38_143685_box_Incident_Summaries_101-172
Agency: Department of War
Page 125
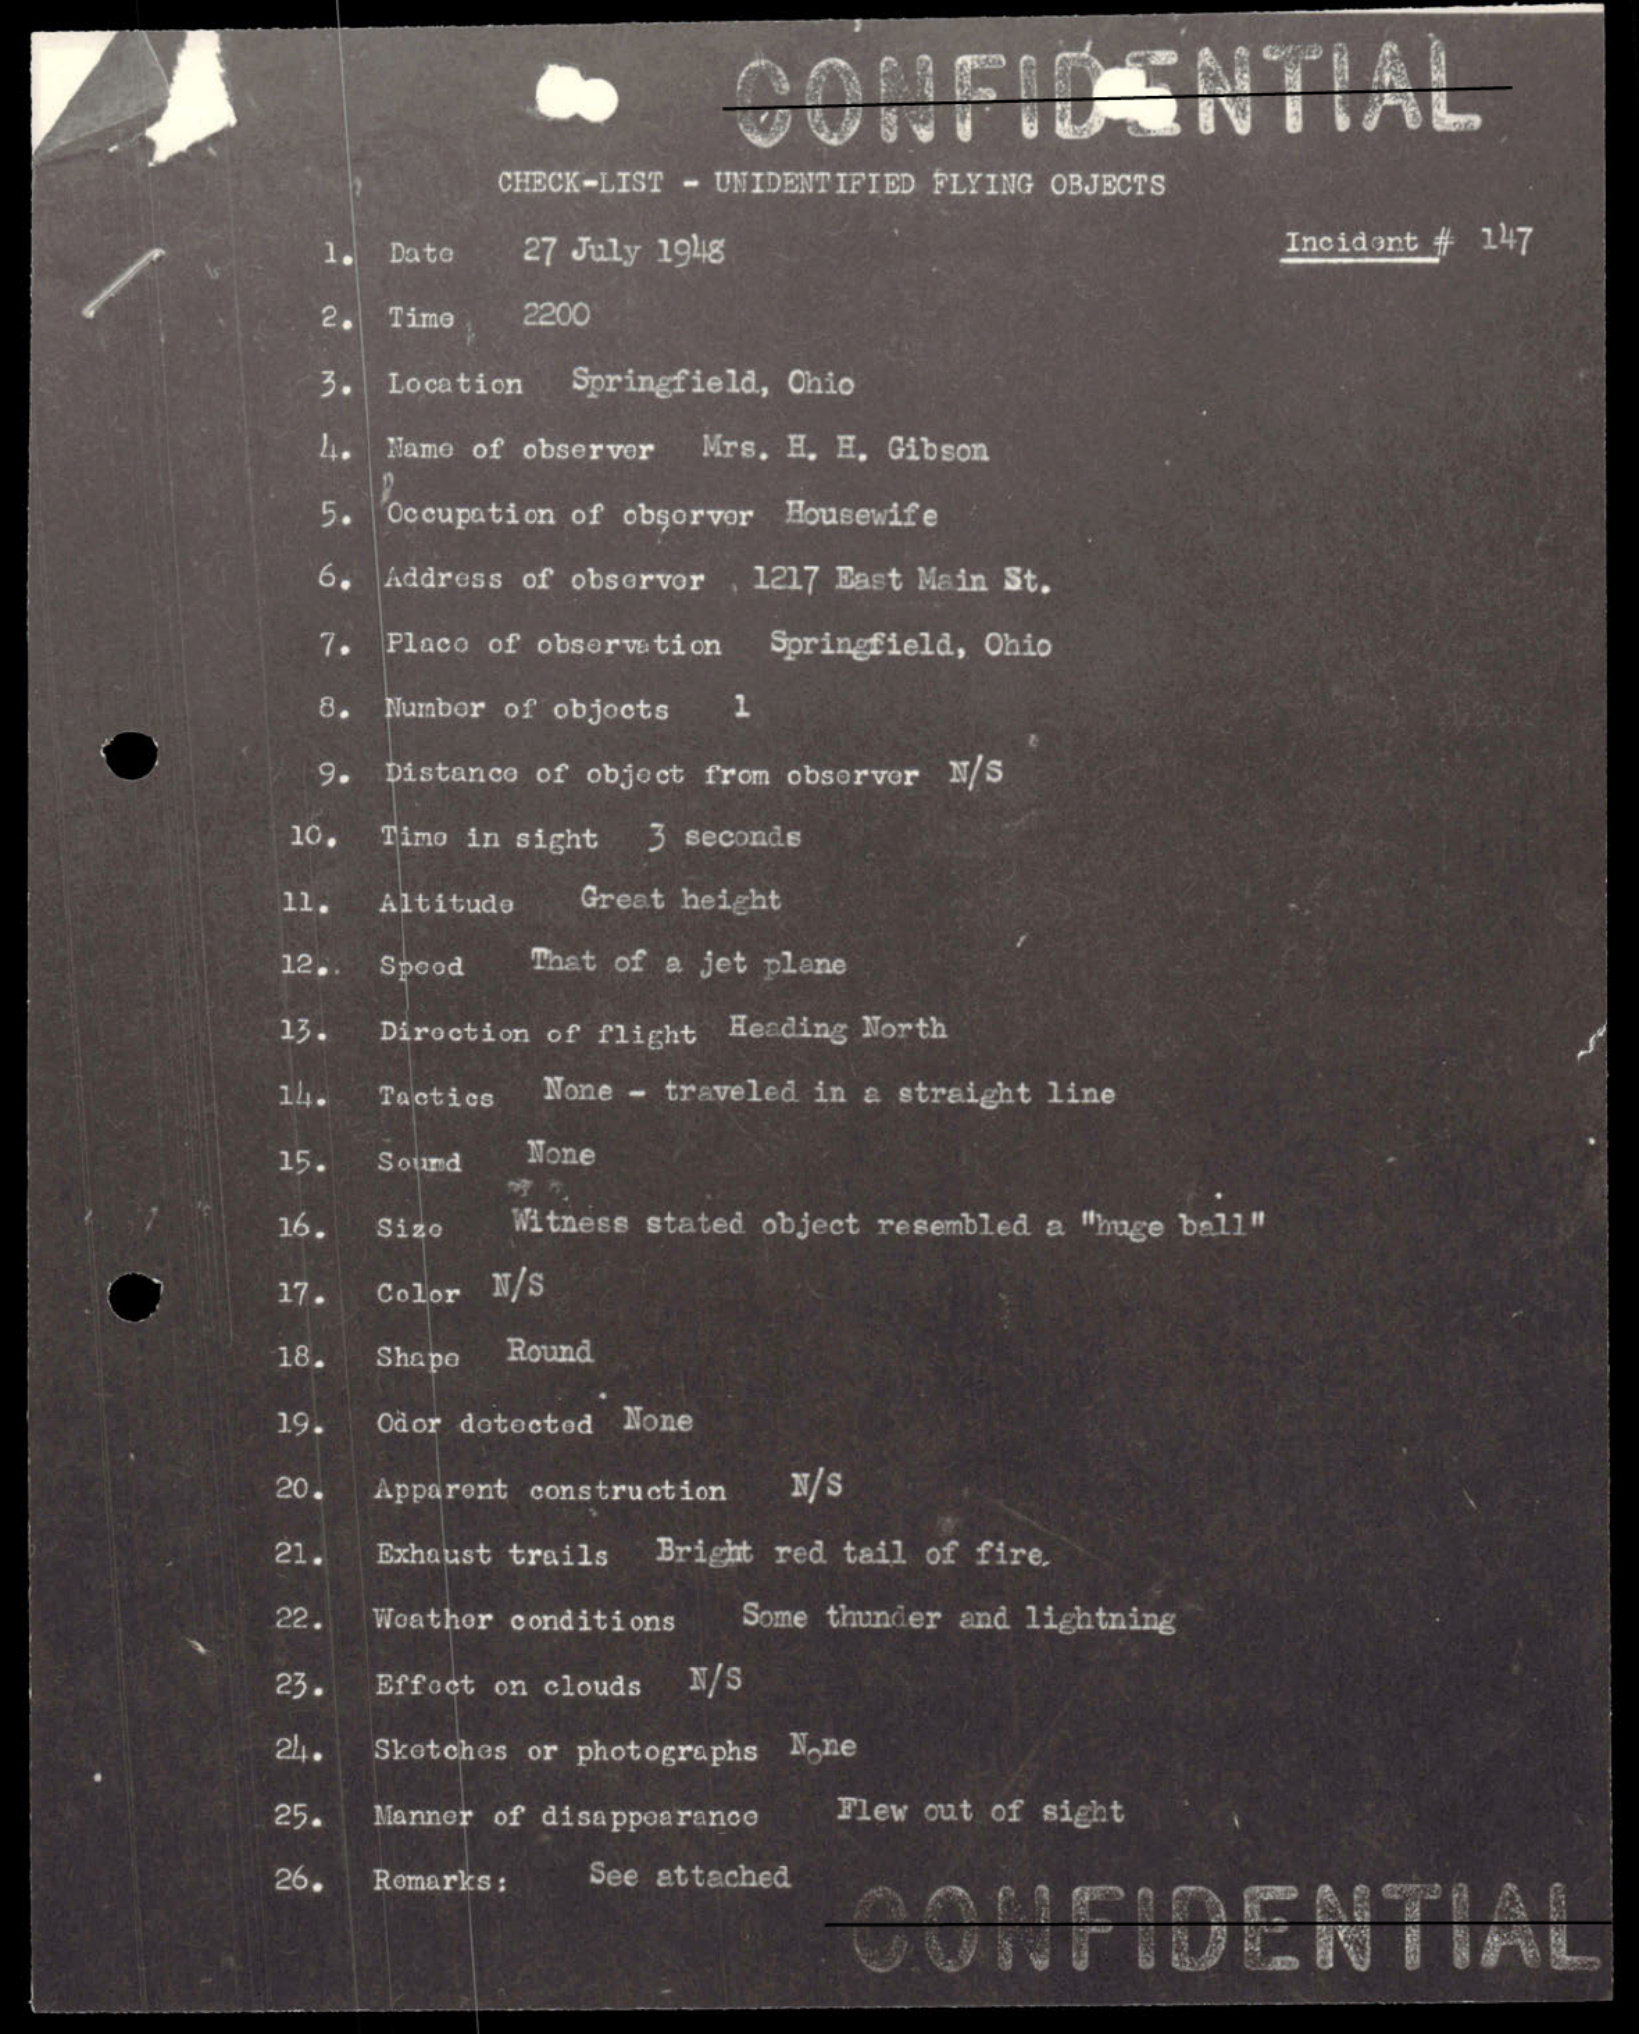